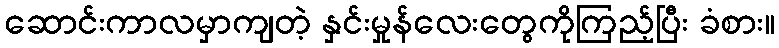
ဆောင်းကာလမှာကျတဲ့ နှင်းမှုန်လေးတွေကိုကြည့်ပြီး ခံစား။